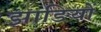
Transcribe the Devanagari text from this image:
झाङियों